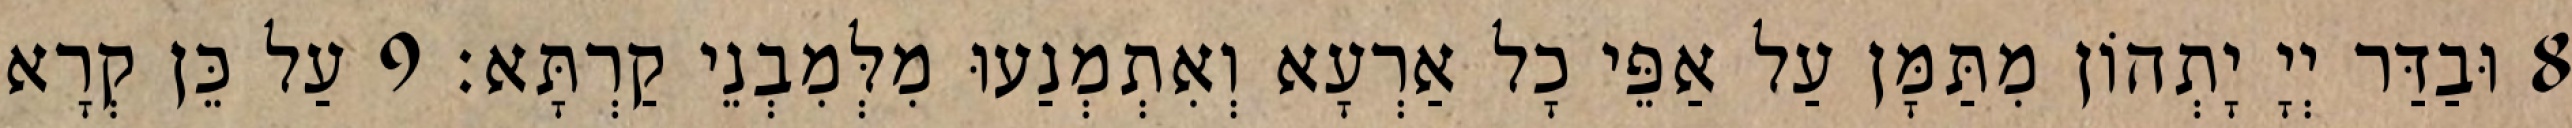
8 וּבַדַּר יְיָ יָתְהוֹן מִתַּמָּן עַל אַפֵּי כָל אַרְעָא וְאִתְמְנַעוּ מִלְּמִבְנֵי קַרְתָּא׃ 9 עַל כֵּן קְרָא